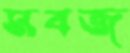
সবজ